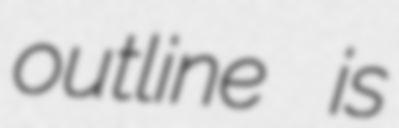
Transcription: outline is